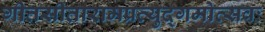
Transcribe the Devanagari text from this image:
गीतसीतारामप्रत्युद्गमोत्सवः